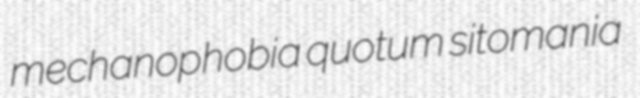
mechanophobia quotum sitomania